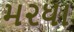
મ૨ધા